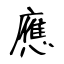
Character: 應